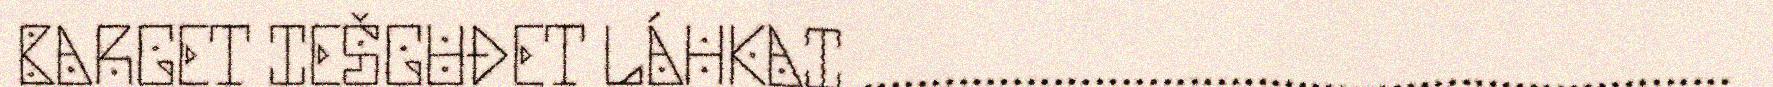
BARGET IEŠGUĐET LÁHKAI ................................................................